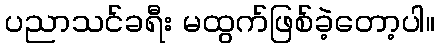
ပညာသင်ခရီး မထွက်ဖြစ်ခဲ့တော့ပါ။